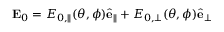
\mathbf { E } _ { 0 } = E _ { 0 , \parallel } ( \theta , \phi ) \hat { \mathbf { e } } _ { \parallel } + E _ { 0 , \perp } ( \theta , \phi ) \hat { \mathbf { e } } _ { \perp }